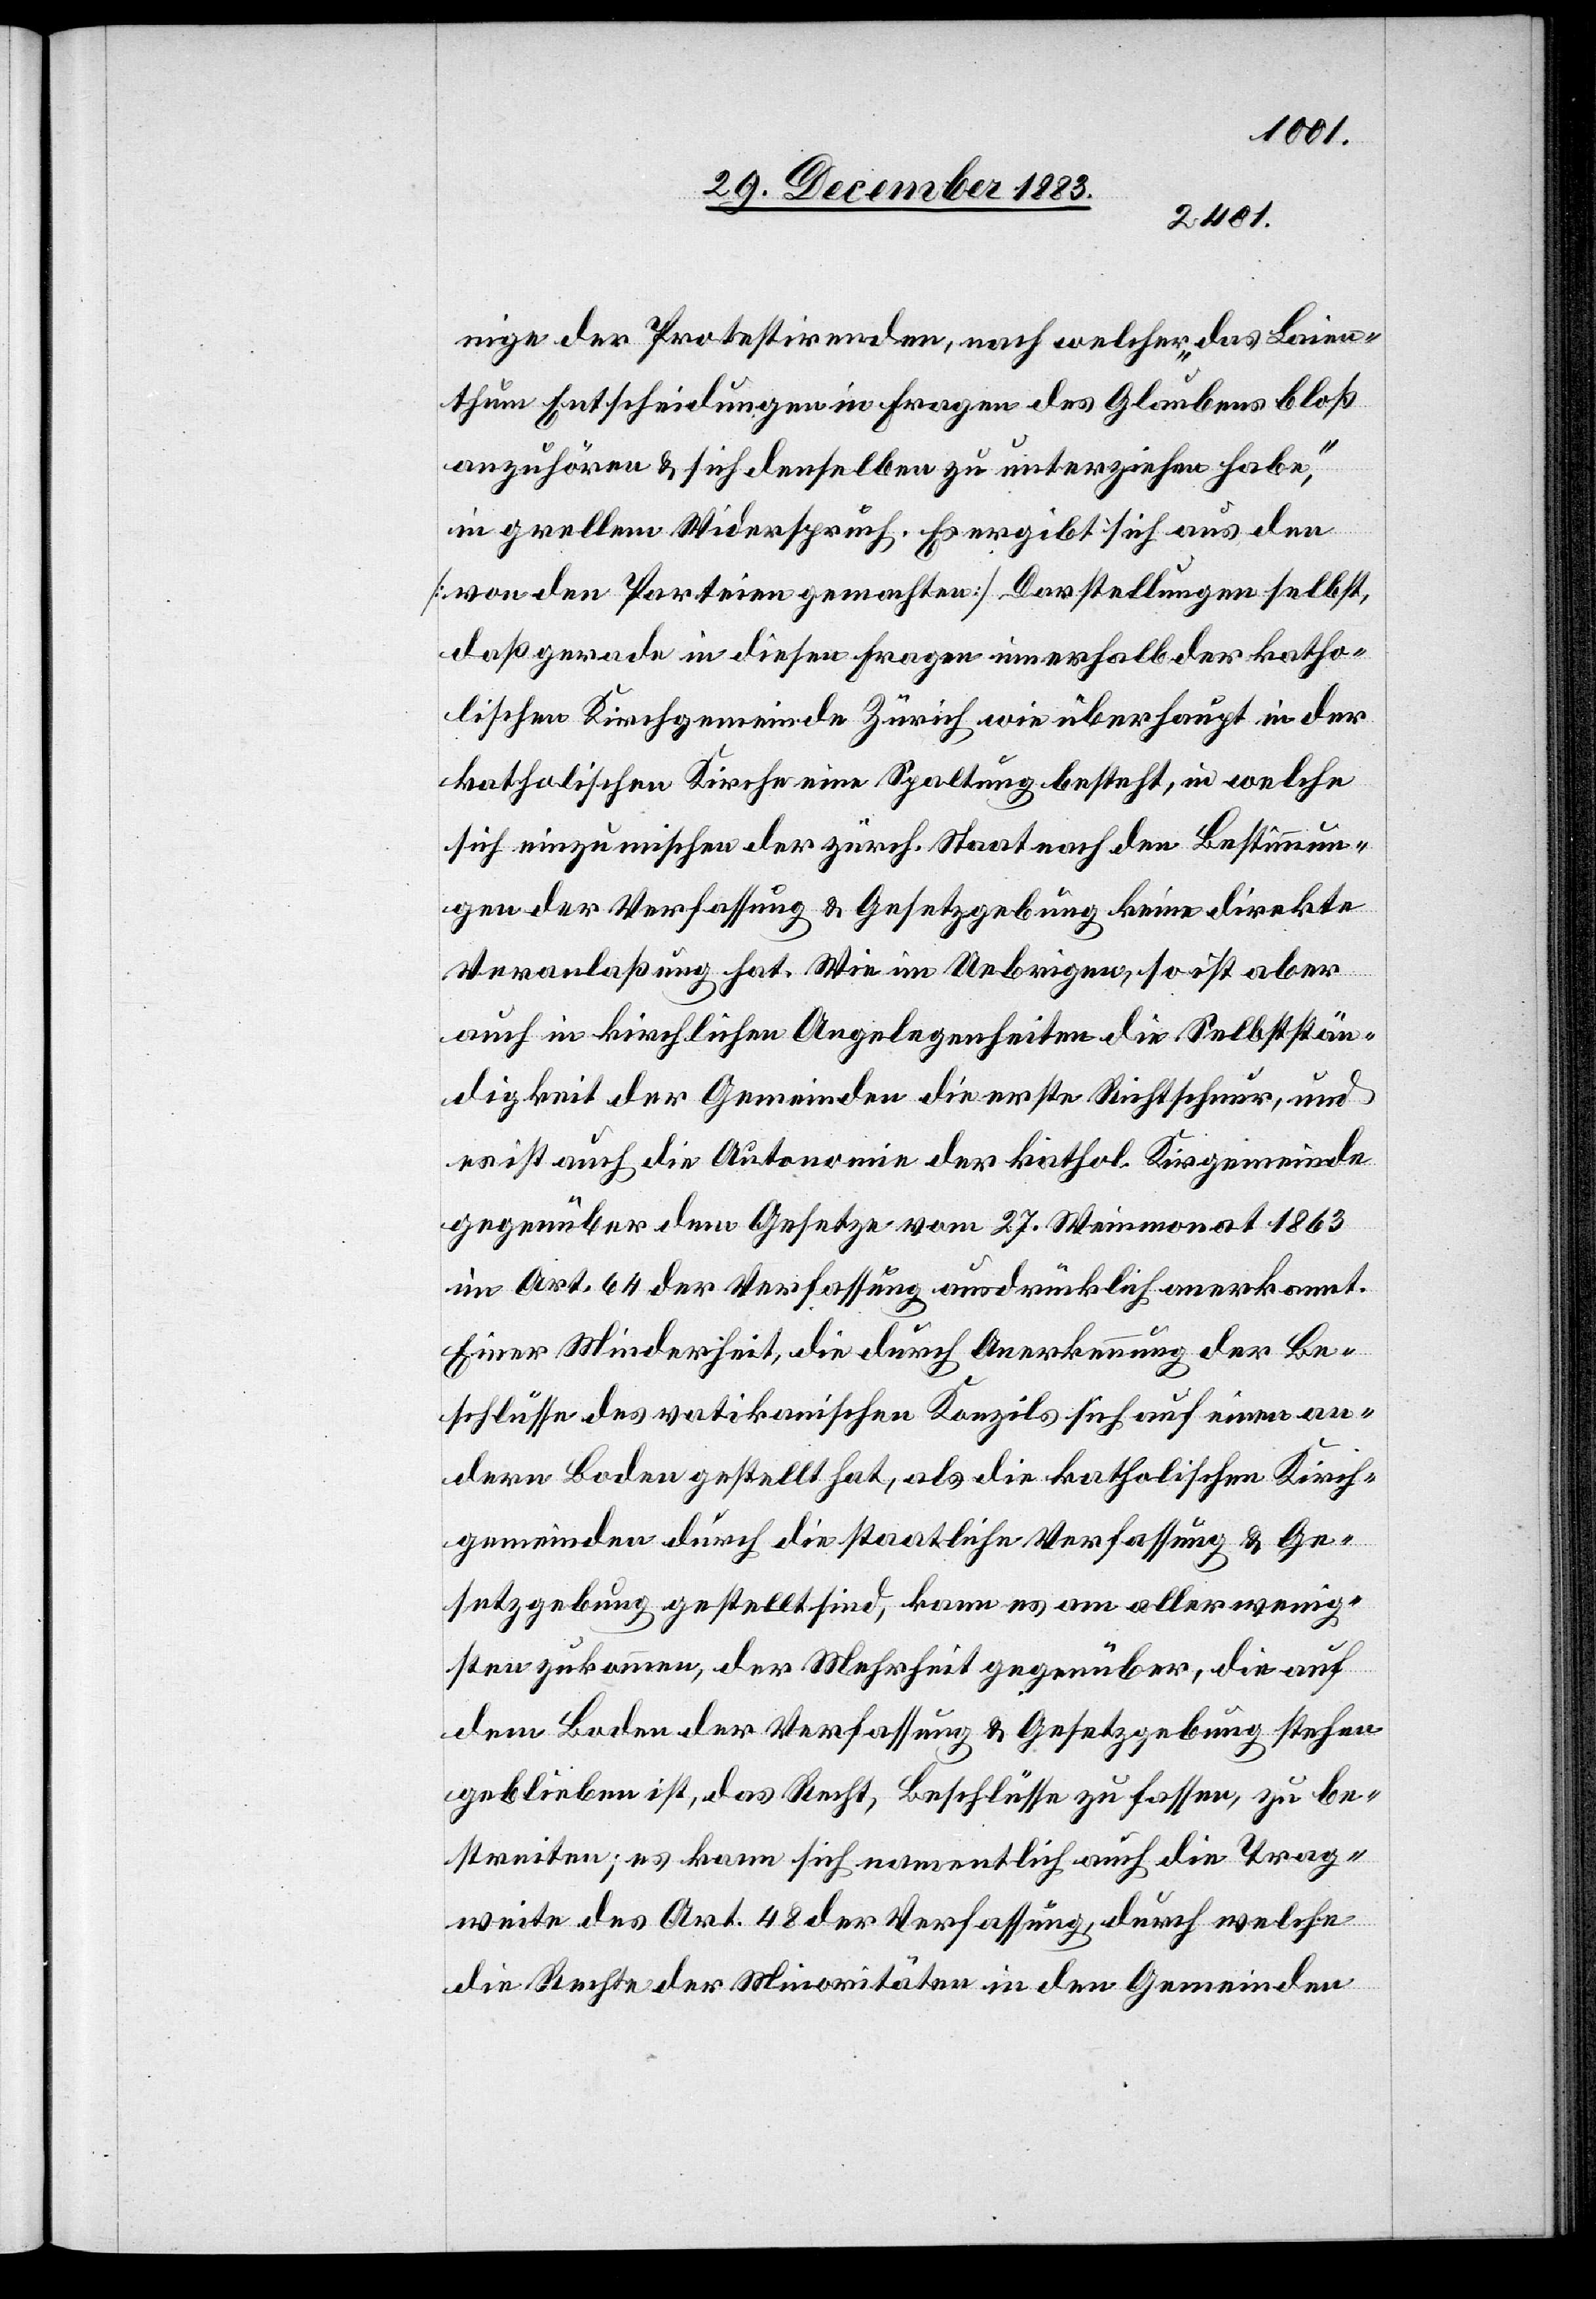
nige der Protestirenden, nach welcher „das Laien¬
thum Entscheidungen in Fragen des Glaubens bloß
anzuhören & sich denselben zu unterziehen habe,“
grellem Widerspruch. Es ergibt sich aus den
[von den Parteien gemachten] Darstellungen selbst,
daß gerade in diesen Fragen innerhalb der katho¬
lischen Kirchgemeinde Zürich wie überhaupt in der
katholischen Kirche eine Spaltung besteht, in welche
sich einzumischen der zürch. Staat nach den Bestimmun¬
gen der Verfassung & Gesetzgebung keine direkte
Veranlaßung hat. Wie im Uebrigen, so ist aber
auch in kirchlicher Angelegenheiten die Selbststän¬
digkeit der Gemeinden die erste Richtschnur, und
es ist auch die Autonomie der kathol. Kirchgemeinde
gegenüber dem Gesetze vom 27. Weinmonat 1863
im Art. 64 der Verfassung ausdrücklich anerkannt.
Einer Minderheit, die durch Anerkennung der Be¬
schlüsse des vatikanischen Konzils sich auf einen an¬
dern Boden gestellt hat, als die katholischen Kirch¬
gemeinden durch die staatliche Verfassung & Ge¬
setzgebung gestellt sind, kann es am allerwenig¬
sten zukommen, der Mehrheit gegenüber, die auf
dem Boden der Verfassung & Gesetzgebung stehen
geblieben ist, das Recht, Beschlüsse zu fassen, zu be¬
streiten; es kann sich namentlich auch die Trag¬
weite des Art. 48 der Verfassung, durch welche
die Rechte der Minoritäten in den Gemeinden